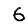
Digit: 6